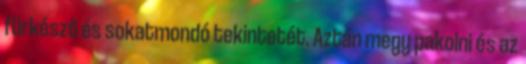
fürkésző és sokatmondó tekintetét. Aztán megy pakolni és az